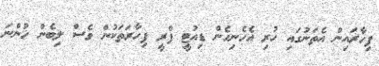
ފިހާރައިން އެތަނުގައި ހުރި އެހެނިހެން ޑިއުޓީ ފްރީ ފިހާރަތަކުން ވެސް ލިބެން ހުންނަ